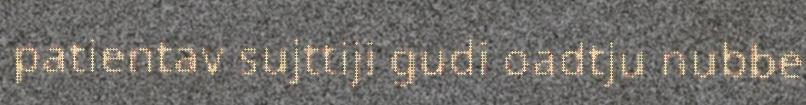
patientav sujttiji gudi oadtju nubbe